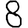
Digit: 8